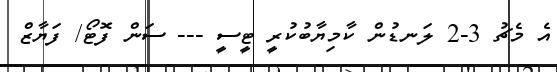
އެ މެޗު 3-2 ލަނޑުން ކާމިޔާބުކުރީ ޓީސީ --- ސަން ފޮޓޯ/ ފަޔާޒް